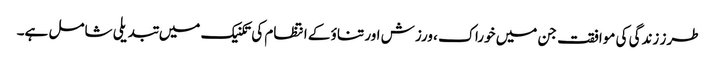
طرز زندگی کی موافقت جن میں خوراک ، ورزش اور تناؤ کے انتظام کی تکنیک میں تبدیلی شامل ہے۔